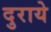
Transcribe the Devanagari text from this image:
दुराये